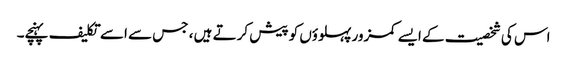
اس کی شخصیت کے ایسے کمزور پہلوؤں کو پیش کرتے ہیں ، جس سے اسے تکلیف پہنچے۔